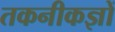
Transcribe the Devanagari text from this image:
तकनीकज्ञों